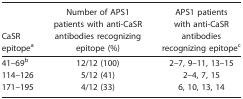
| CaSR epitopea | Number of APS1 patients with anti-CaSR antibodies recognizing epitope (%) | APS1 patients with anti-CaSR antibodies recognizing epitopec |
 | --- | --- | --- |
 | 41–69b | 12/12 (100) | 2–7, 9–11, 13–15 |
 | 114–126 | 5/12 (41) | 2–4, 7, 15 |
 | 171–195 | 4/12 (33) | 6, 10, 13, 14 |